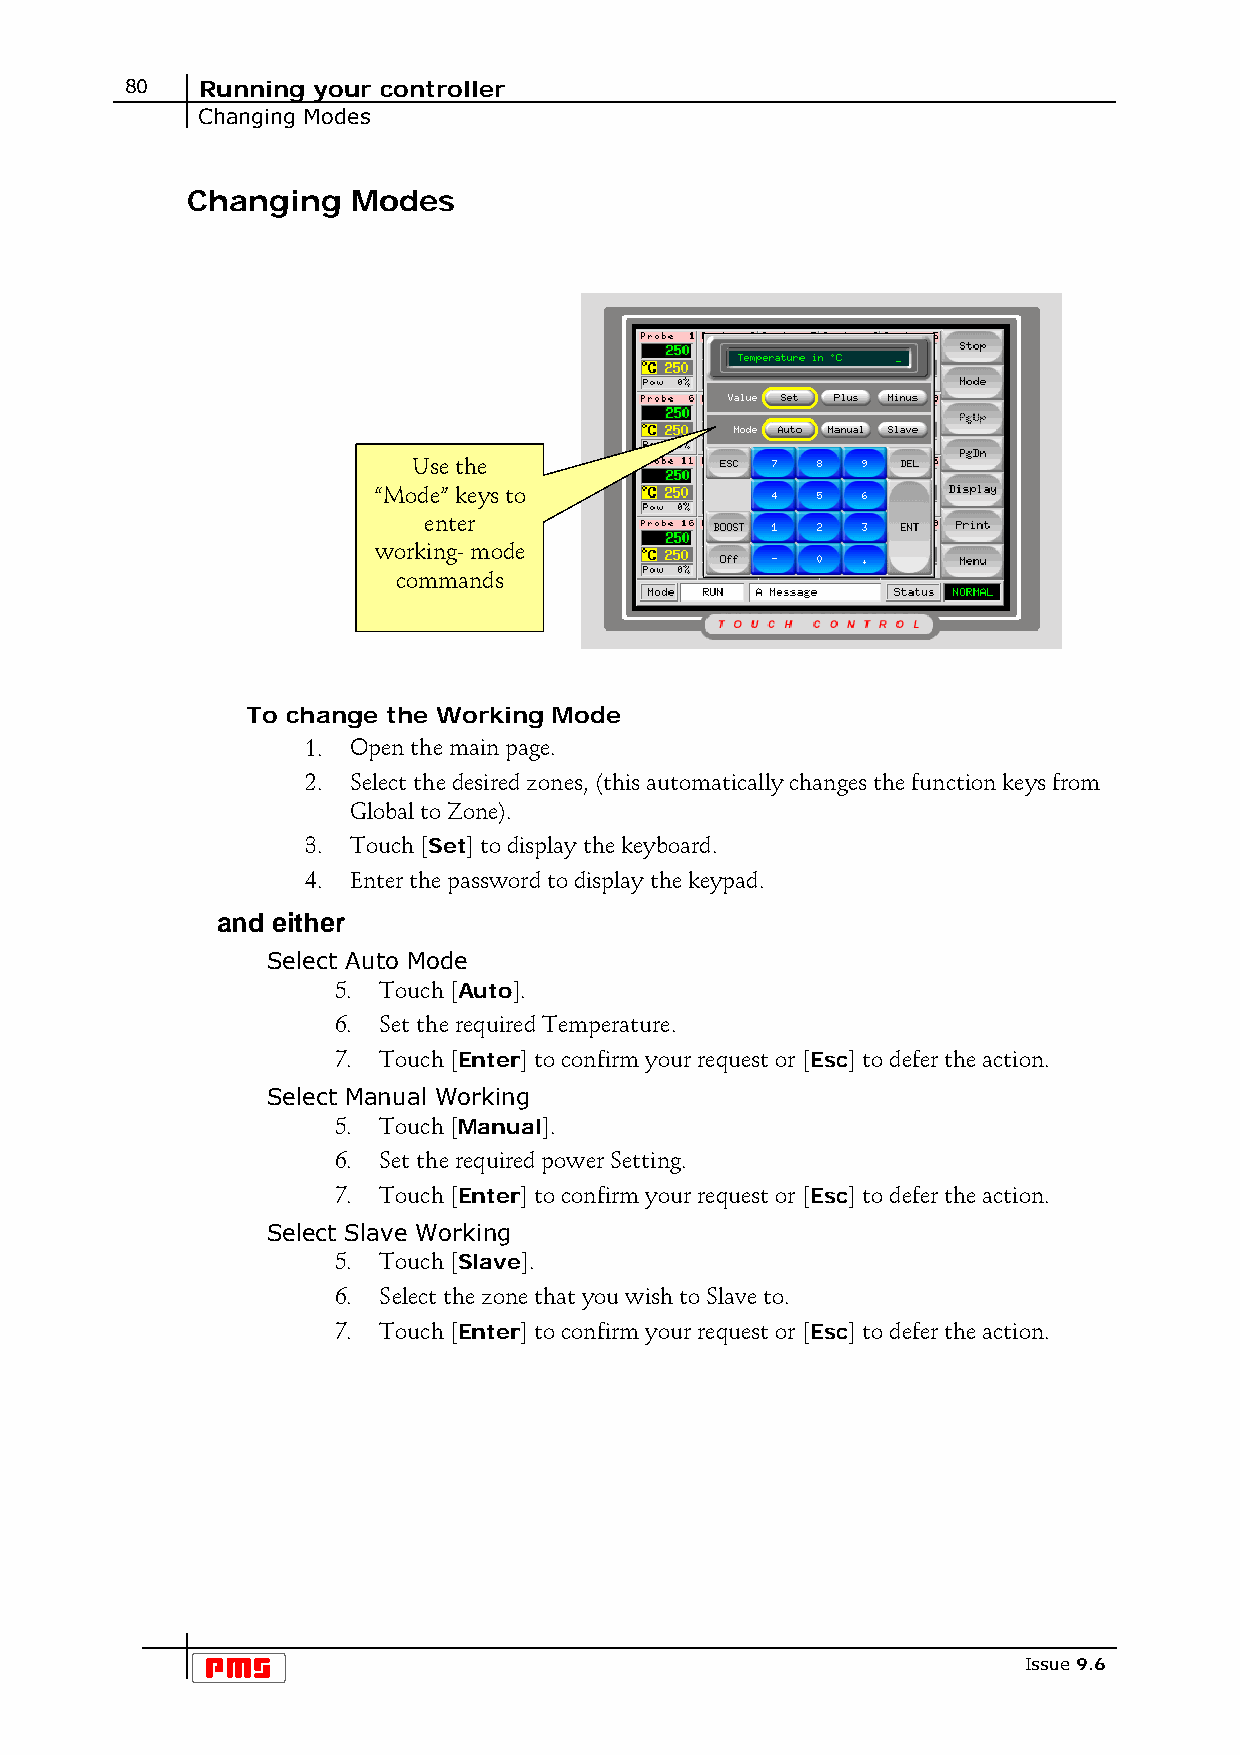
80   Running your controller
 Changing Modes
 Changing   Modes
 Use the
 “Mode” keys to
 enter
 working- mode
 commands
 To change the Working Mode
 1. Open the main page.
 2. Select the desired zones, (this automatically changes the function keys from
 Global to Zone).
 3. Touch [Set] to display the keyboard.
 4. Enter the password to display the keypad.
 and either
 Select Auto Mode
 5. Touch [Auto].
 6. Set the required Temperature.
 7. Touch [Enter] to confirm your request or [Esc] to defer the action.
 Select Manual Working
 5. Touch [Manual].
 6. Set the required power Setting.
 7. Touch [Enter] to confirm your request or [Esc] to defer the action.
 Select Slave Working
 5. Touch [Slave].
 6. Select the zone that you wish to Slave to.
 7. Touch [Enter] to confirm your request or [Esc] to defer the action.
 Issue 9.6